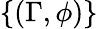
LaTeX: \{ (\Gamma,\phi)\}